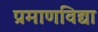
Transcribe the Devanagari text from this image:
प्रमाणविद्या